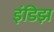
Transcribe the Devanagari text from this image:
इंडिझ